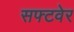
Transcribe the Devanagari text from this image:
सफ्टवेर